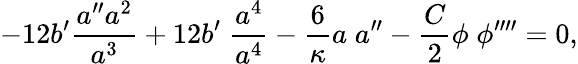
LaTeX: -12b^{\prime}\frac{a^{\prime\prime}a^{2}}{a^{3}}+12b^{\prime}\; \frac{a^{4}}{a^{4}}-\frac{6}{\kappa}a\; a^{\prime\prime}-\frac{C}{2}\phi\; \phi^{\prime\prime\prime\prime}=0,